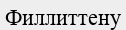
Филлиттену